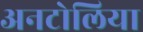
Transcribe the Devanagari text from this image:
अनटोलिया